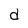
Character: d